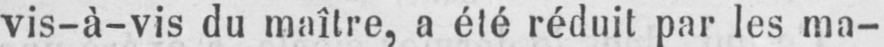
vis-à-vis du maître, a été réduit par les ma-